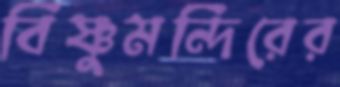
বিষ্ণুমন্দিরের